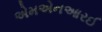
એમએનઆરઈ